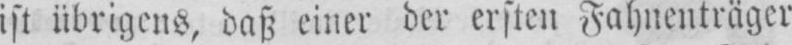
ist übrigens, daß einer der ersten Fahnenträger